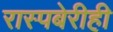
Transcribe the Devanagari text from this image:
रास्पबेरीही